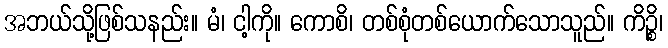
အဘယ်သို့ဖြစ်သနည်း။ မံ၊ ငါ့ကို။ ကောစိ၊ တစ်စုံတစ်ယောက်သောသူည်။ ကိဉ္စိ၊